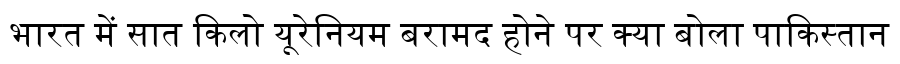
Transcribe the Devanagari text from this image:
भारत में सात किलो यूरेनियम बरामद होने पर क्या बोला पाकिस्तान